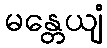
မန္တေယျံ